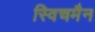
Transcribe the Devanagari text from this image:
स्विचमैन